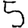
Digit: 5